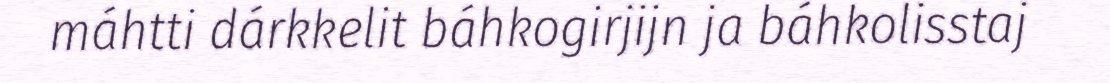
máhtti dárkkelit báhkogirjijn ja báhkolisstaj